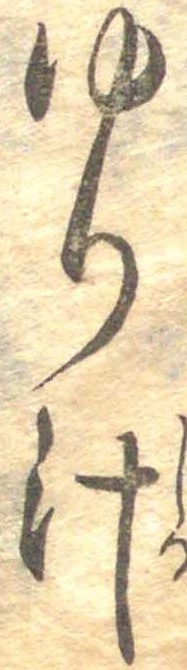
ゆり汁